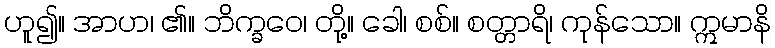
ဟူ၍။ အာဟ၊ ၏။ ဘိက္ခဝေ၊ တို့။ ခေါ၊ စစ်။ စတ္တာရိ၊ ကုန်သော။ ဣမာနိ